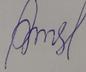
Signature authenticity: forged